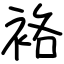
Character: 袼